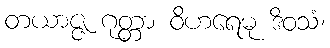
တယာဇ္ဇ ဂုတ္တာ ဝိဟရေမု ဒိဝသံ၊